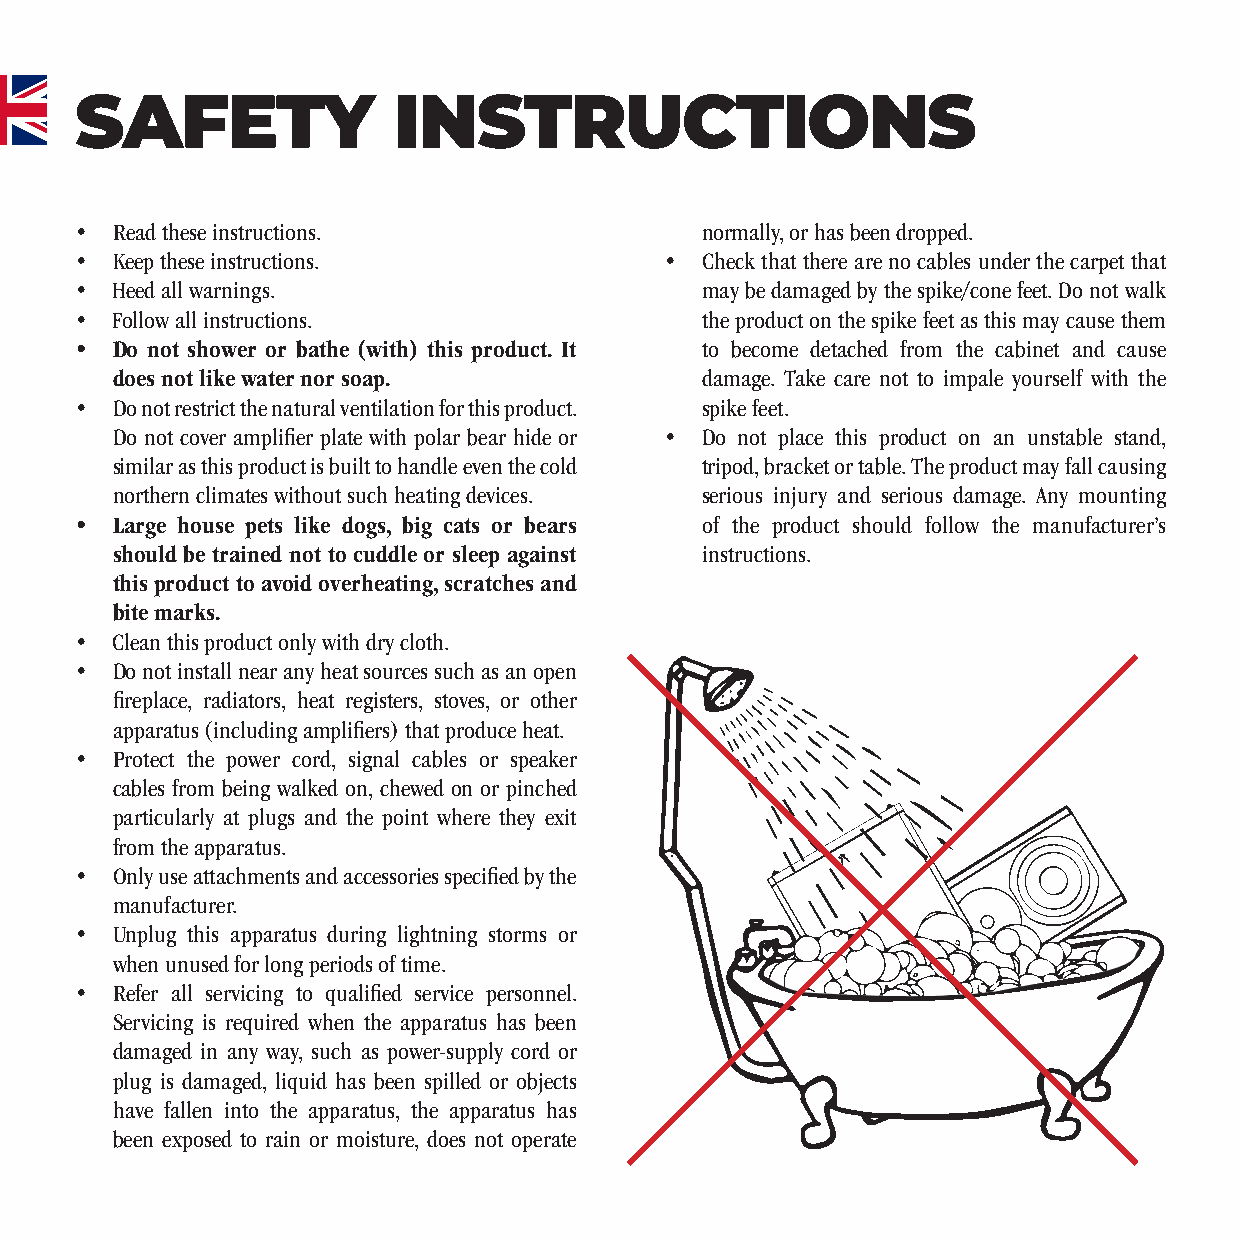
SAFETY               INSTRUCTIONS
 • Read these instructions.               normally, or has been dropped.
 • Keep these instructions.             • Check that there are no cables under the carpet that
 • Heed all warnings.                     may be damaged by the spike/cone feet. Do not walk
 • Follow all instructions.               the product on the spike feet as this may cause them
 • Do not shower or bathe (with) this product. It to become detached from the cabinet and cause
 does not like water nor soap.          damage. Take care not to impale yourself with the
 • Do not restrict the natural ventilation for this product. spike feet.
 Do not cover amplifi er plate with polar bear hide or • Do not place this product on an unstable stand,
 similar as this product is built to handle even the cold tripod, bracket or table. The product may fall causing
 northern climates without such heating devices. serious injury and serious damage. Any mounting
 • Large house pets like dogs, big cats or bears of the product should follow the manufacturer’s
 should be trained not to cuddle or sleep against instructions.
 this product to avoid overheating, scratches and
 bite marks.
 • Clean this product only with dry cloth.
 • Do not install near any heat sources such as an open
 fi replace, radiators, heat registers, stoves, or other
 apparatus (including amplifi ers) that produce heat.
 • Protect the power cord, signal cables or speaker
 cables from being walked on, chewed on or pinched
 particularly at plugs and the point where they exit
 from the apparatus.
 • Only use attachments and accessories specifi ed by the
 manufacturer.
 • Unplug this apparatus during lightning storms or
 when unused for long periods of time.
 • Refer all servicing to qualifi ed service personnel.
 Servicing is required when the apparatus has been
 damaged in any way, such as power-supply cord or
 plug is damaged, liquid has been spilled or objects
 have fallen into the apparatus, the apparatus has
 been exposed to rain or moisture, does not operate